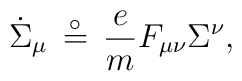
{\dot \Sigma}_{\mu}\, \stackrel{ \circ }{=}\, {\frac{e}{m}} F_{\mu\nu}\Sigma^{\nu},